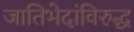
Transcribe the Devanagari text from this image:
जातिभेदांविरुद्ध